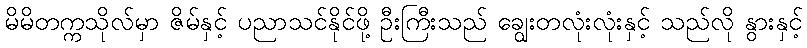
မိမိတက္ကသိုလ်မှာ ဇိမ်နှင့် ပညာသင်နိုင်ဖို့ ဦးကြီးသည် ချွေးတလုံးလုံးနှင့် သည်လို နွားနှင့်